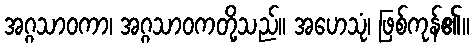
အဂ္ဂသာဝကာ၊ အဂ္ဂသာဝကတို့သည်။ အဟေသုံ၊ ဖြစ်ကုန်၏။